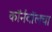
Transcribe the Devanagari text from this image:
कॉर्नवॉलचा